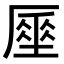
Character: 𠪪